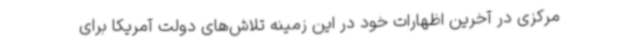
مرکزی در آخرین اظهارات خود در این زمینه تلاش‌های دولت آمریکا برای